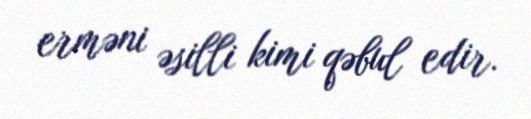
erməni əsilli kimi qəbul edir.